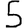
Digit: 5